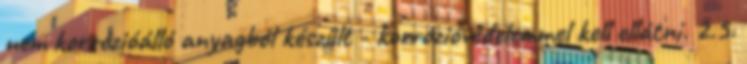
nem korrózióálló anyagból készült - korrózióvédelemmel kell ellátni. 2.5.